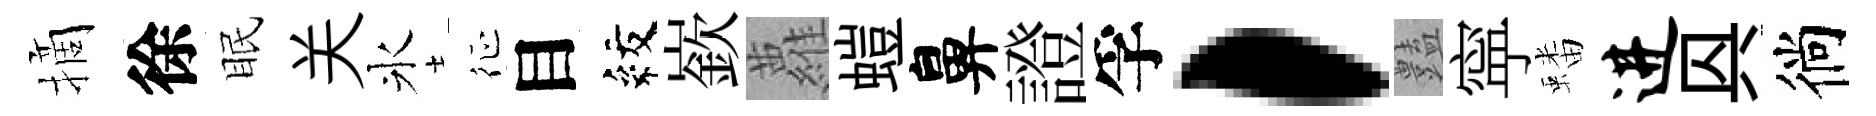
摘徐眠关氷征目紋嶔蘿螘鼻證孚，𧰟寜蟠进㒷徜